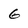
Character: 6